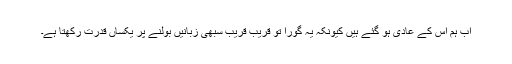
اب ہم اس کے عادی ہو گئے ہیں کیونکہ یہ گورا تو قریب قریب سبھی زبانیں بولنے پر یکساں قدرت رکھتا ہے۔